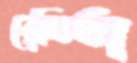
বেনিতা